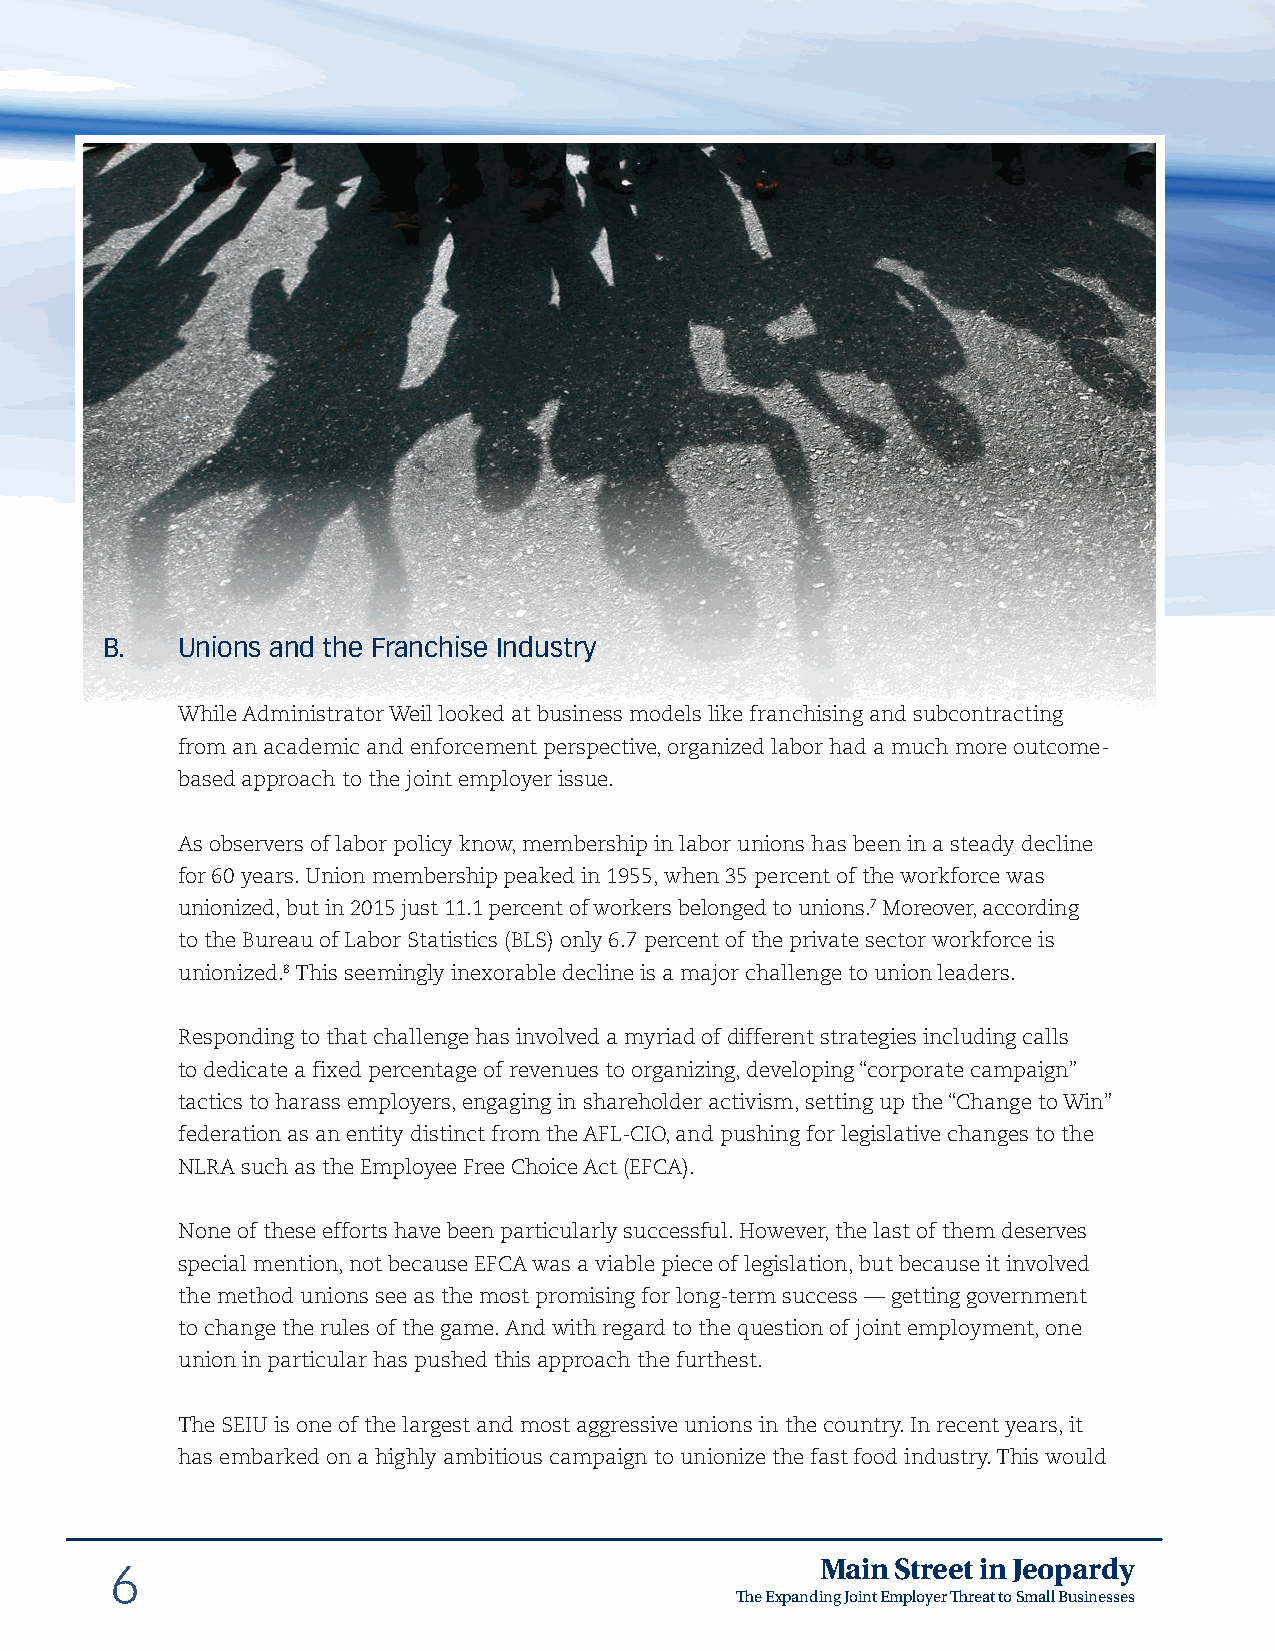
B.   Unions and the Franchise Industry
 While Administrator Weil looked at business models like franchising and subcontracting
 from an academic and enforcement perspective, organized labor had a much more outcome-
 based approach to the joint employer issue.
 As observers of labor policy know, membership in labor unions has been in a steady decline
 for 60 years. Union membership peaked in 1955, when 35 percent of the workforce was
 unionized, but in 2015 just 11.1 percent of workers belonged to unions.7 Moreover, according
 to the Bureau of Labor Statistics (BLS) only 6.7 percent of the private sector workforce is
 unionized.8 This seemingly inexorable decline is a major challenge to union leaders.
 Responding to that challenge has involved a myriad of different strategies including calls
 to dedicate a fixed percentage of revenues to organizing, developing “corporate campaign”
 tactics to harass employers, engaging in shareholder activism, setting up the “Change to Win”
 federation as an entity distinct from the AFL-CIO, and pushing for legislative changes to the
 NLRA such as the Employee Free Choice Act (EFCA).
 None of these efforts have been particularly successful. However, the last of them deserves
 special mention, not because EFCA was a viable piece of legislation, but because it involved
 the method unions see as the most promising for long-term success — getting government
 to change the rules of the game. And with regard to the question of joint employment, one
 union in particular has pushed this approach the furthest.
 The SEIU is one of the largest and most aggressive unions in the country. In recent years, it
 has embarked on a highly ambitious campaign to unionize the fast food industry. This would
 Main Street in Jeopardy
 6
 The Expanding Joint Employer Threat to Small Businesses